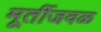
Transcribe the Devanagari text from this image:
मूर्तीजवळ